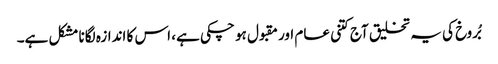
بُروخ کی یہ تخلیق آج کتنی عام اور مقبول ہو چکی ہے، اس کا اندازہ لگانا مشکل ہے۔